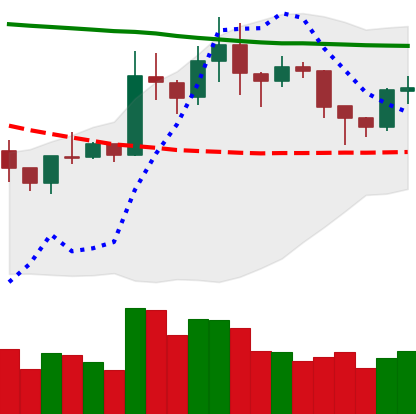
Ticker: XRP-USD
Chart end date: 2020-01-27
Forward return: 4.426%
Label: up_3_5